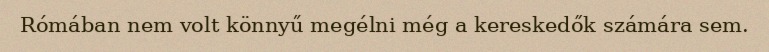
Rómában nem volt könnyű megélni még a kereskedők számára sem.